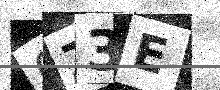
Text: 0Z3E